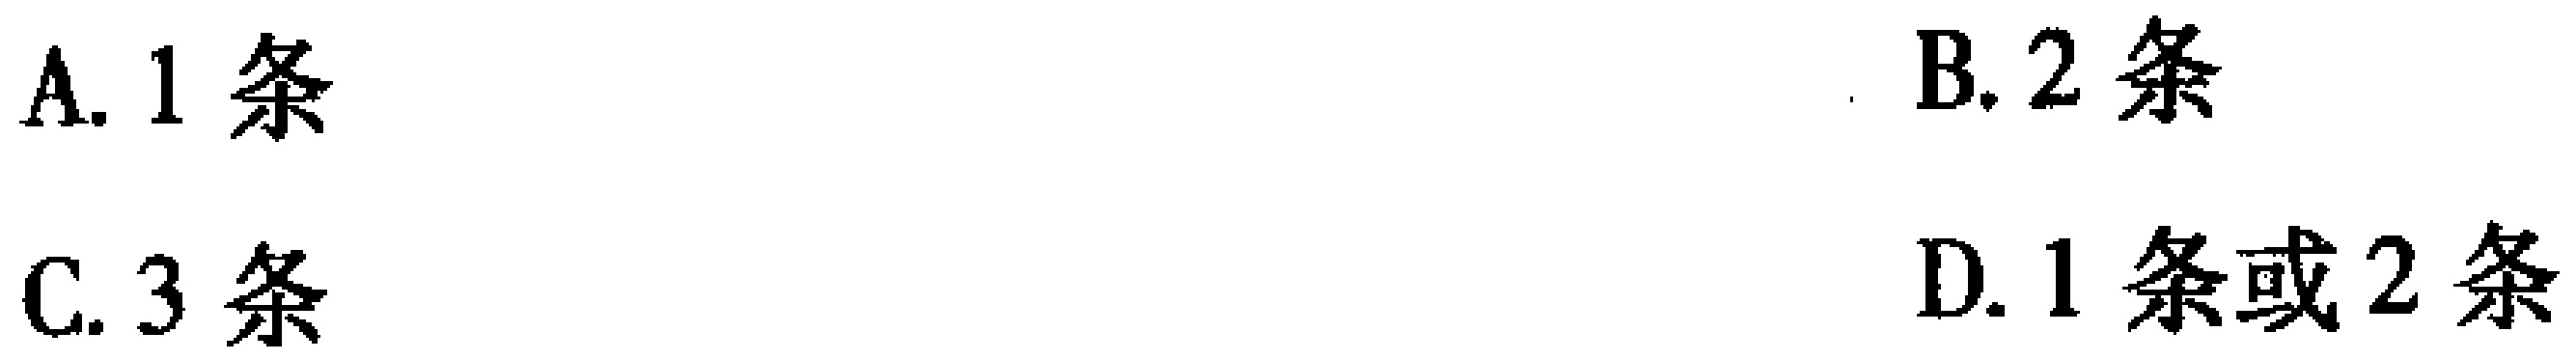
A. 1条
B. 2条
C. 3条
D. 1条或2条